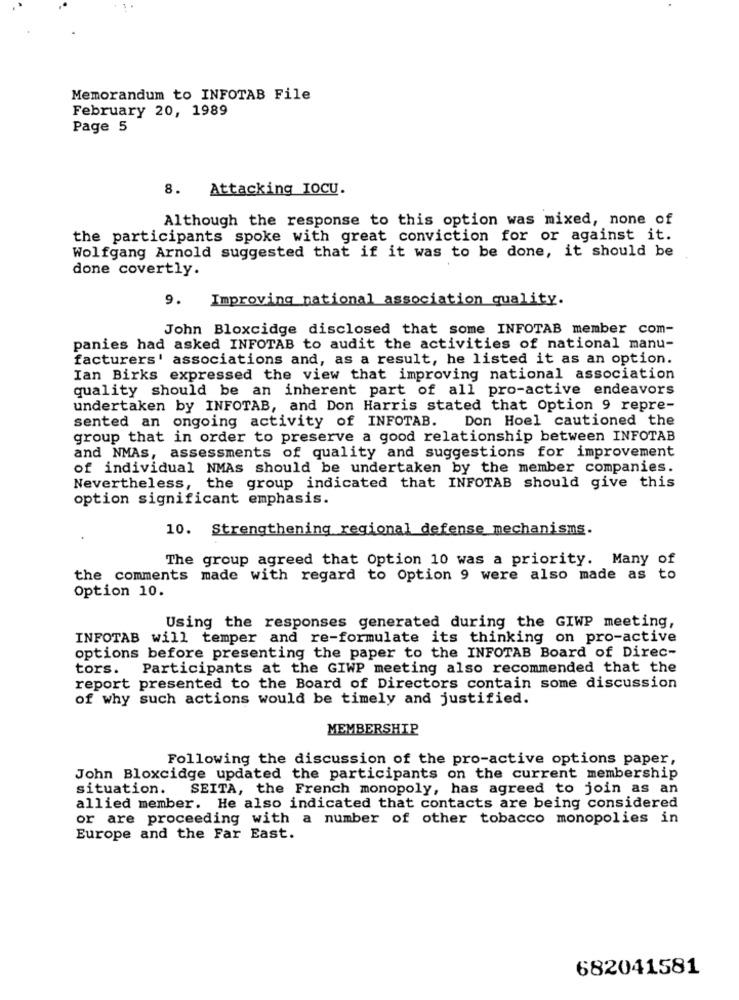
Memorandum to INFOTAB File
February 20, 1989
Page 5
8. Attacking IOCU.
Although the response to this option was mixed, none of
the participants spoke with great conviction for or against it.
Wolfgang Arnold suggested that if it was to be done, it should be
done covertly.
9. Improving national association quality.
John Bloxcidge disclosed that some INFOTAB member com-
panies had asked INFOTAB to audit the activities of national manu-
facturers' associations and, as a result, he listed it as an option.
Ian Birks expressed the view that improving national association
quality should be an inherent part of all pro-active endeavors
undertaken by INFOTAB, and Don Harris stated that Option 9 repre-
sented an ongoing activity of INFOTAB. Don Hoel cautioned the
group that in order to preserve a good relationship between INFOTAB
and NMAs, assessments of quality and suggestions for improvement
of individual NMAs should be undertaken by the member companies.
Nevertheless, the group indicated that INFOTAB should give this
option significant emphasis.
10. Strengthening regional defense mechanisms.
The group agreed that Option 10 was a priority. Many of
the comments made with regard to Option 9 were also made as to
Option 10.
Using the responses generated during the GIWP meeting,
INFOTAB will temper and re-formulate its thinking on pro-active
options before presenting the paper to the INFOTAB Board of Direc-
tors. Participants at the GIWP meeting also recommended that the
report presented to the Board of Directors contain some discussion
of why such actions would be timely and justified.
MEMBERSHIP
Following the discussion of the pro-active options paper,
John Bloxcidge updated the participants on the current membership
situation. SEITA, the French monopoly, has agreed to join as an
allied member. He also indicated that contacts are being considered
or are proceeding with a number of other tobacco monopolies in
Europe and the Far East.
682041581